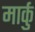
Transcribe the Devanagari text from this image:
मार्कु